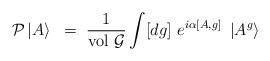
LaTeX: \begin{align*}{\cal P}\left| A\right>~=~\frac{1}{\rm vol~{\cal G}}\int [dg] ~e^{i\alpha[A,g]}~\left| A^g \right>\end{align*}